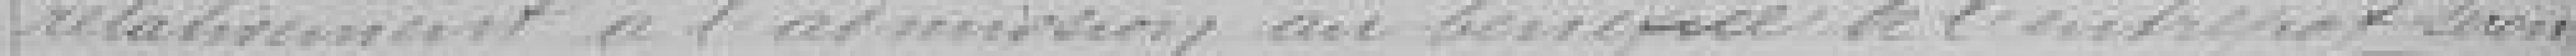
relativement à l'admission au bénéfice de l'entrepôt seront